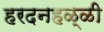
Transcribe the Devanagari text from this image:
हरदनहळ्ळी